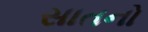
સાતનો